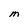
Character: m